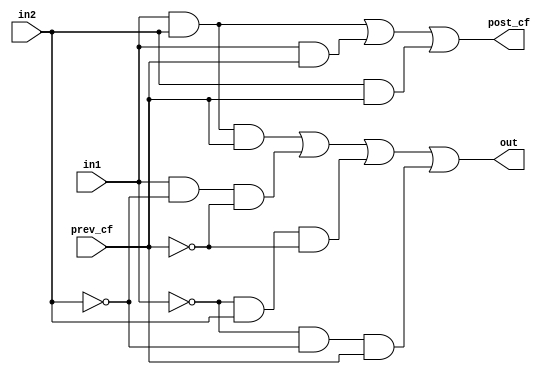
`timescale 1ns / 1ps
//////////////////////////////////////////////////////////////////////////////////
// Company: 
// Engineer: 
// 
// Design Name: 
// Module Name: bite_accumulator
// Project Name: 
// Target Devices: 
// Tool Versions: 
// Description: 
// 
// Dependencies: 
// 
// Revision:
// Revision 0.01 - File Created
// Additional Comments:
// 
//////////////////////////////////////////////////////////////////////////////////


module bite_accumulator(
    input in1,
    input in2,
    input prev_cf,
    output out,
    output post_cf);
    assign out = (in1 & in2 & prev_cf) | (in1 & ~in2 & ~prev_cf) | (~in1 & in2 & ~prev_cf) | (~in1 & ~in2 & prev_cf); 
    assign post_cf = (in1 & in2) | (in1 & prev_cf) | (in2 & prev_cf); 
endmodule